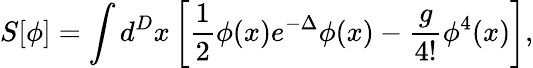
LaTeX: S[\phi]=\int d^{D}x\, \biggl[\frac{1}{2}\phi(x)e^{-\Delta}\phi(x)-\frac{g}{4!}\phi^{4}(x)\biggr],